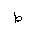
Letter: _da